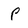
Character: P